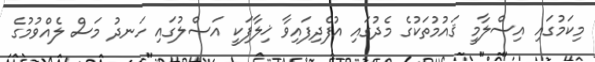
މިކަމުގައި އިސްލާމީ ޤައުމުތަކުގެ މެދުގައި އުފެދިފައިވާ ޚިލާފަކީ އަޞްލުގައި ހަނދު މަސް ލެއްވުމުގެ